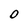
Character: 0